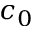
c _ { 0 }